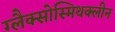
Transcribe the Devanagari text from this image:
ग्लैक्सोस्मिथक्लीन